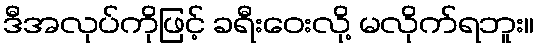
ဒီအလုပ်ကိုဖြင့် ခရီးဝေးလို့ မလိုက်ရဘူး။